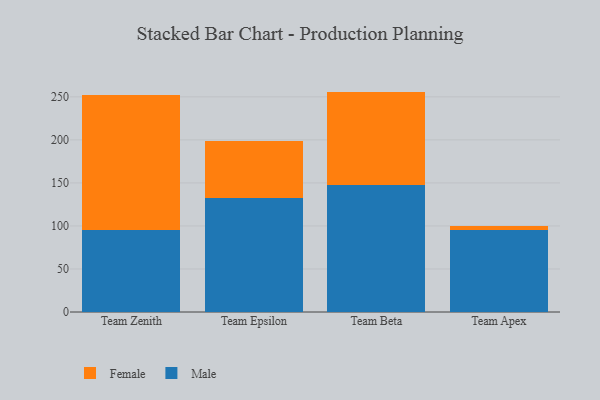
{"axis": {"x": "Team", "y": "Headcount"}, "legend": ["Female", "Male"], "data": [{"x": "Team Zenith", "y": 95.6, "type": "Male"}, {"x": "Team Zenith", "y": 156.3, "type": "Female"}, {"x": "Team Epsilon", "y": 132.8, "type": "Male"}, {"x": "Team Epsilon", "y": 66.0, "type": "Female"}, {"x": "Team Beta", "y": 147.6, "type": "Male"}, {"x": "Team Beta", "y": 108.5, "type": "Female"}, {"x": "Team Apex", "y": 94.8, "type": "Male"}, {"x": "Team Apex", "y": 5.0, "type": "Female"}]}